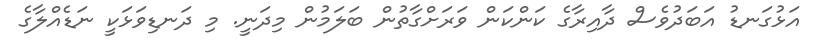
އަޅުގަނޑު އަބަދުވެސް ދާއިރާގެ ކަންކަން ވަރަށްގާތުން ބަލަމުން މިދަނީ. މި ދަނޑިވަޅަކީ ނަޑެއްލާގެ